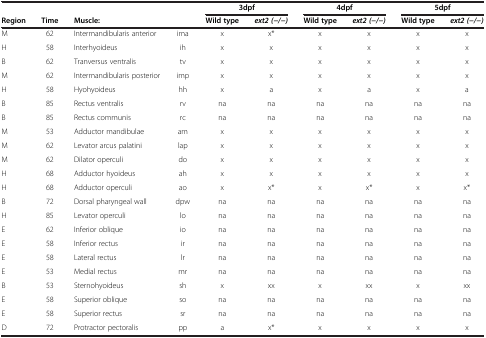
|  |  |  |  | <COLSPAN=2> 3dpf | <COLSPAN=2> 4dpf | <COLSPAN=2> 5dpf |
 | Region | Time | <COLSPAN=2> Muscle: | Wild type | ext2 (-/-) | Wild type | ext2 (-/-) | Wild type | ext2 (-/-) |
 | --- | --- | --- | --- | --- | --- | --- | --- | --- | --- |
 | M | 62 | Intermandibularis anterior | ima | x | x* | x | x | x | x |
 | H | 58 | Interhyoideus | ih | x | x | x | x | x | x |
 | B | 62 | Tranversus ventralis | tv | x | x | x | x | x | x |
 | M | 62 | Intermandibularis posterior | imp | x | x | x | x | x | x |
 | H | 58 | Hyohyoideus | hh | x | a | x | a | x | a |
 | B | 85 | Rectus ventralis | rv | na | na | na | na | na | na |
 | B | 85 | Rectus communis | rc | na | na | na | na | na | na |
 | M | 53 | Adductor mandibulae | am | x | x | x | x | x | x |
 | M | 62 | Levator arcus palatini | lap | x | x | x | x | x | x |
 | M | 62 | Dilator operculi | do | x | x | x | x | x | x |
 | H | 68 | Adductor hyoideus | ah | x | x | x | x | x | x |
 | H | 68 | Adductor operculi | ao | x | x* | x | x* | x | x* |
 | B | 72 | Dorsal pharyngeal wall | dpw | na | na | na | na | na | na |
 | H | 85 | Levator operculi | lo | na | na | na | na | na | na |
 | E | 62 | Inferior oblique | io | na | na | na | na | na | na |
 | E | 58 | Inferior rectus | ir | na | na | na | na | na | na |
 | E | 58 | Lateral rectus | lr | na | na | na | na | na | na |
 | E | 53 | Medial rectus | mr | na | na | na | na | na | na |
 | B | 53 | Sternohyoideus | sh | x | xx | x | xx | x | xx |
 | E | 58 | Superior oblique | so | na | na | na | na | na | na |
 | E | 58 | Superior rectus | sr | na | na | na | na | na | na |
 | D | 72 | Protractor pectoralis | pp | a | x* | x | x | x | x |